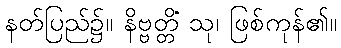
နတ်ပြည်၌။ နိဗ္ဗတ္တိံ သု၊ ဖြစ်ကုန်၏။